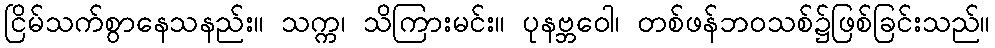
ငြိမ်သက်စွာနေသနည်း။ သက္က၊ သိကြားမင်း။ ပုနဗ္ဘဝေါ၊ တစ်ဖန်ဘဝသစ်၌ဖြစ်ခြင်းသည်။